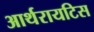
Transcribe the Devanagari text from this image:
आर्थरायटिस